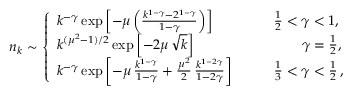
\begin{array} { r } { n _ { k } \sim \left\{ \begin{array} { l l } { k ^ { - \gamma } \exp \left[ - \mu \left( \frac { k ^ { 1 - \gamma } - 2 ^ { 1 - \gamma } } { 1 - \gamma } \right) \right] } & { \qquad \frac { 1 } { 2 } < \gamma < 1 , } \\ { k ^ { ( \mu ^ { 2 } - 1 ) / 2 } \exp \left[ - 2 \mu \, \sqrt { k } \right] } & { ~ ~ ~ ~ ~ ~ \qquad \gamma = \frac { 1 } { 2 } , } \\ { k ^ { - \gamma } \exp \left[ - \mu \, \frac { k ^ { 1 - \gamma } } { 1 - \gamma } + \frac { \mu ^ { 2 } } { 2 } \, \frac { k ^ { 1 - 2 \gamma } } { 1 - 2 \gamma } \right] } & { \qquad \frac { 1 } { 3 } < \gamma < \frac { 1 } { 2 } \, , } \end{array} \right. } \end{array}